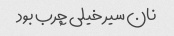
نان سیر خیلی چرب بود